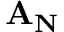
\mathbf { A _ { N } }